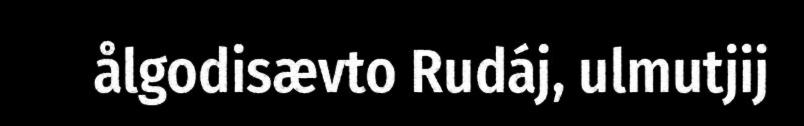
ålgodisævto Rudáj, ulmutjij